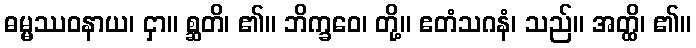
ဓမ္မဿဝနာယ၊ ငှာ။ စ္ဆတိ၊ ၏။ ဘိက္ခဝေ၊ တို့။ ဧတံသဂနံ၊ သည်။ အတ္ထိ၊ ၏။